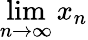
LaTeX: \operatorname*{lim}_{n\to\infty}x_{n}